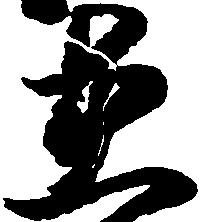
在